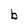
Character: b